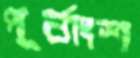
পূর্বাংশ